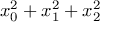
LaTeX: x _ { 0 } ^ { 2 } + x _ { 1 } ^ { 2 } + x _ { 2 } ^ { 2 }